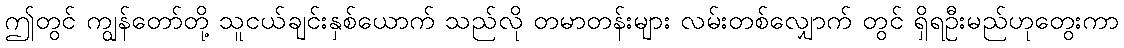
ဤတွင် ကျွန်တော်တို့ သူငယ်ချင်းနှစ်ယောက် သည်လို တမာတန်းများ လမ်းတစ်လျှောက် တွင် ရှိရဦးမည်ဟုတွေးကာ